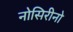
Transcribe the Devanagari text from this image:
नोसिरीनो